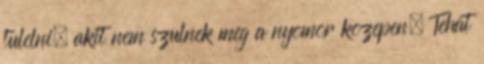
tulelni, akit nem szulnek meg a nyomor kozepen. Tehat